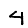
Digit: 4